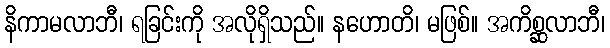
နိကာမလာဘီ၊ ရခြင်းကို အလိုရှိသည်။ နဟောတိ၊ မဖြစ်။ အကိစ္ဆလာဘီ၊